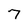
Character: 7